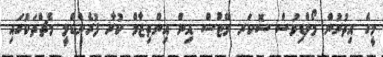
މީގެ އިތުރުން މޯލްޑިވުސް ސޮކަރ މޭޓުސް އިން އިންތިޒާމް ކުރާ ފުރެންޑްލީ މެޗްތަކުގައި